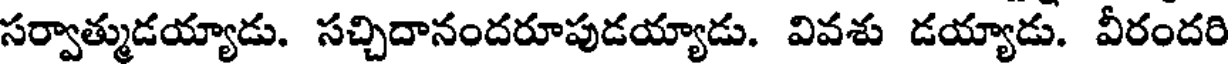
సర్వాత్ముడయ్యాడు. సచ్చిదానందరూపుడయ్యాడు. వివశు డయ్యాడు. వీరందరి